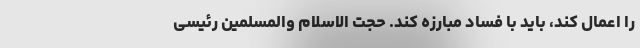
را اعمال کند، باید با فساد مبارزه کند. حجت الاسلام والمسلمین رئیسی